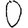
Digit: 0